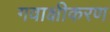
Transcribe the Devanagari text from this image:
गवाक्षीकरण